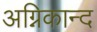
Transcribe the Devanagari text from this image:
अग्निकान्द